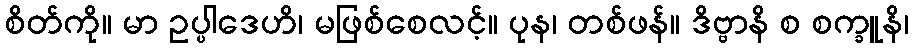
စိတ်ကို။ မာ ဥပ္ပါဒေဟိ၊ မဖြစ်စေလင့်။ ပုန၊ တစ်ဖန်။ ဒိဗ္ဗာနိ စ စက္ခူနိ၊